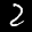
Label: 2